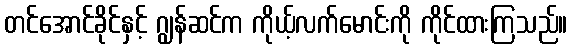
တင်အောင်ခိုင်နှင့် ဂျွန်ဆင်က ကိုယ့်လက်မောင်းကို ကိုင်ထားကြသည်။